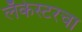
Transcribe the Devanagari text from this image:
लँकेस्टरचा